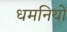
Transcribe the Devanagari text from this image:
धमनियोँ